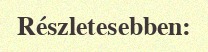
Részletesebben: